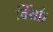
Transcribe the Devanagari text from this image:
विंसी।